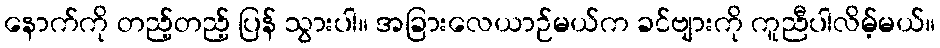
နောက်ကို တည့်တည့် ပြန် သွားပါ။ အခြားလေယာဉ်မယ်က ခင်ဗျားကို ကူညီပါလိမ့်မယ်။